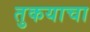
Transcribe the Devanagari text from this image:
तुकयाचा